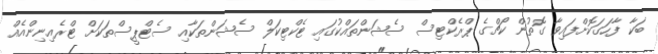
ބަކާ ފާހަގަކޮށްފައިވާ ގޮތުން ކޯޗްގެ ޕްރެކްޓިސް ސެޝަންތައްކުގައި ޓެކްޓިކަލް ސެޝަންތަކާއި ސެޓްޕީސްތަކަށް ޓްރެއިނިންއެއް